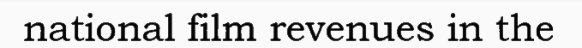
national film revenues in the